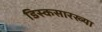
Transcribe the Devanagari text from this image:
डिस्कसारख्या